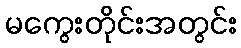
မကွေးတိုင်းအတွင်း